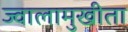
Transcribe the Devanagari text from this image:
ज्वालामुखीता